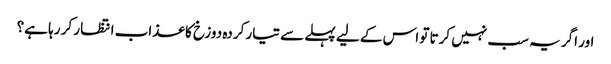
اور اگر یہ سب نہیں کرتا تو اس کے لیے پہلے سے تیار کردہ دوزخ کا عذاب انتظار کر رہا ہے؟